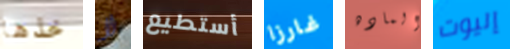
خذها لا أستطيع غارزا الماده إليوت